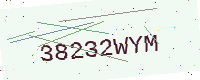
Text: 38232WYM